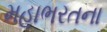
મહાભરતના